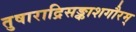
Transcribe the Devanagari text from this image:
तुषाराद्रिसङ्काशगौरम्